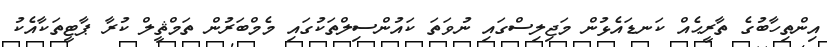
އިންތިހާބުގެ ތާރީޙެއް ކަނޑައެޅުން މަޖިލިސްގައި ނުވަތަ ކައުންސިލްތަކުގައި މެމްބަރުން ތަމްޘީލް ކުރާ ޕާޓީތަކާއެކު